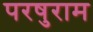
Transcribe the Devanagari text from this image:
परषुराम